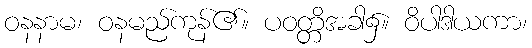
ဝနနာမ၊ ဝနမည်ကုန်၏။ ပဝတ္တိအခါ၌။ ဝိပါဒါယကာ၊